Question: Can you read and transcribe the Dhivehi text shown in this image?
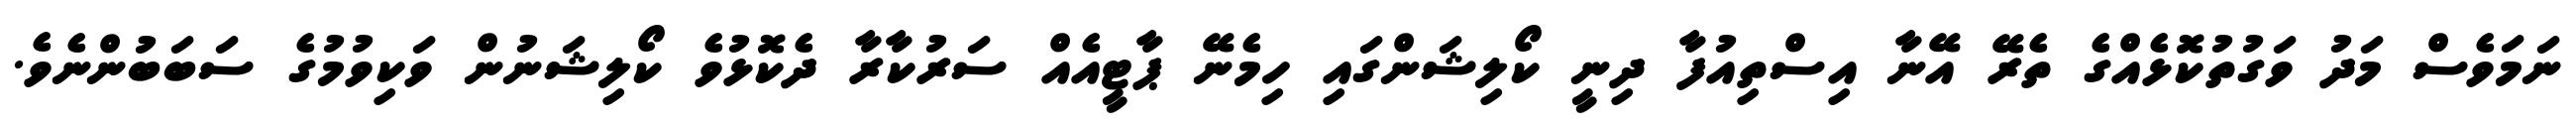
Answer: ނަމަވެސް މަދު ވަގުތުކޮޅެއްގެ ތެރޭ އޭނާ އިސްތިއުފާ ދިނީ ކޯލިޝަންގައި ހިމެނޭ ޕާޓީއެއް ސަރުކާރާ ދެކޮޅުވެ ކޯލިޝަނުން ވަކިވުމުގެ ސަބަބުންނެވެ.